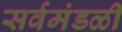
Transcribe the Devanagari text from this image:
सर्वमंडळी